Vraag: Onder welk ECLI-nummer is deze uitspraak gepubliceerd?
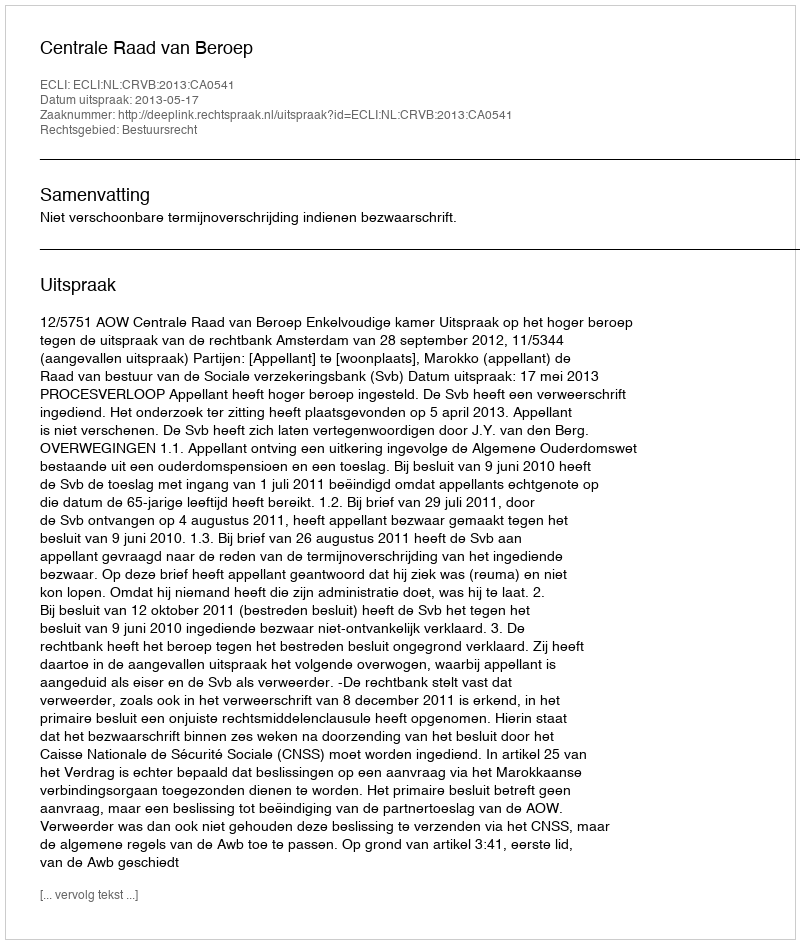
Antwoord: ECLI:NL:CRVB:2013:CA0541